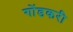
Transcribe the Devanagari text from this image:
गोंडकरी